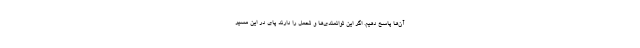
آن‌ها پاسخ دهیم. اگر این توانمندی‌ها و تحمل را دارند پای در این مسیر